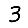
Digit: 3